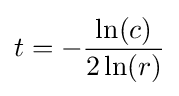
t=-{\frac {\ln(c)}{2\ln(r)}}